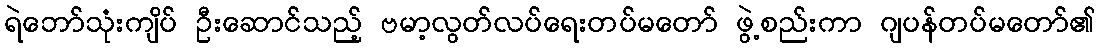
ရဲဘော်သုံးကျိပ် ဦးဆောင်သည့် ဗမာ့လွတ်လပ်ရေးတပ်မတော် ဖွဲ့စည်းကာ ဂျပန်တပ်မတော်၏